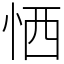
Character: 恓